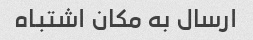
ارسال به مکان اشتباه